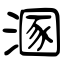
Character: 溷